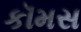
કૉમસ